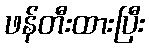
ဖန်တီးထားပြီး